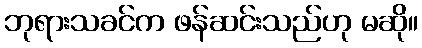
ဘုရားသခင်က ဖန်ဆင်းသည်ဟု မဆို။